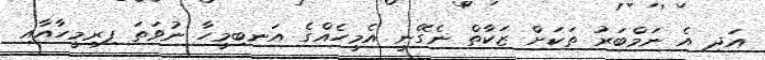
އަދި އެ ނަމްބަރު ތަކަށް ޒަކާތް ނެގޭނީ އެމީހެއްގެ އަނބިމީހާ ނުވަތަ ފިރިމީހާއާއި